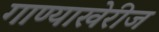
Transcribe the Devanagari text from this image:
गाण्याखेरीज